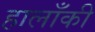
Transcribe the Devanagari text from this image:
हालाँकी